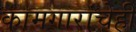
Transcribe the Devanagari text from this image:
कामगारांचेही